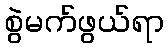
စွဲမက်ဖွယ်ရာ